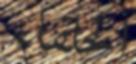
الحلفاء